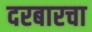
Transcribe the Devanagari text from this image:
दरबारचा